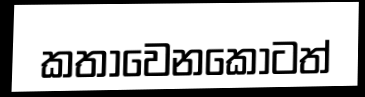
කතාවෙනකොටත්